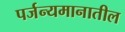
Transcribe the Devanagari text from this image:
पर्जन्यमानातील